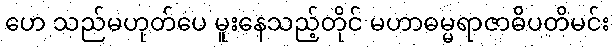
ဟေ သည်မဟုတ်ပေ မူးနေသည့်တိုင် မဟာဓမ္မရာဇာဓိပတိမင်း